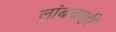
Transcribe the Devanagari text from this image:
लांबचाही